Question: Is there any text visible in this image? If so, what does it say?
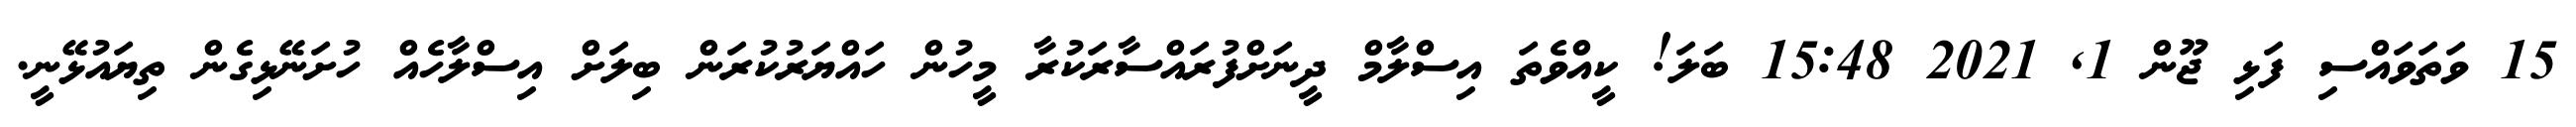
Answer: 15 ވަތަވައްސި ފަޅި ޖޫން 1, 2021 15:48 ބަލަ! ކީއްވެތަ އިސްލާމް ދީނަށްފުރައްސާރަކުރާ މީހުން ހައްޔަރުކުރަން ބިލަށް އިސްލާހެއް ހުށަނޭޅިގެން ތިޔައުޅޭނީ.